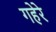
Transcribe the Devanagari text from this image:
गहेरे